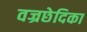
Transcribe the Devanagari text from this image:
वज्रछेदिका